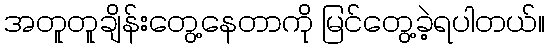
အတူတူချိန်းတွေ့နေတာကို မြင်တွေ့ခဲ့ရပါတယ်။